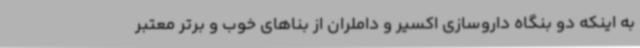
به اینکه دو بنگاه داروسازی اکسیر و داملران از بناهای خوب و برتر معتبر